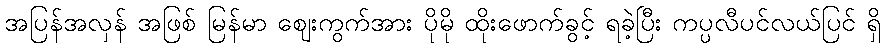
အပြန်အလှန် အဖြစ် မြန်မာ ဈေးကွက်အား ပိုမို ထိုးဖောက်ခွင့် ရခဲ့ပြီး ကပ္ပလီပင်လယ်ပြင် ရှိ